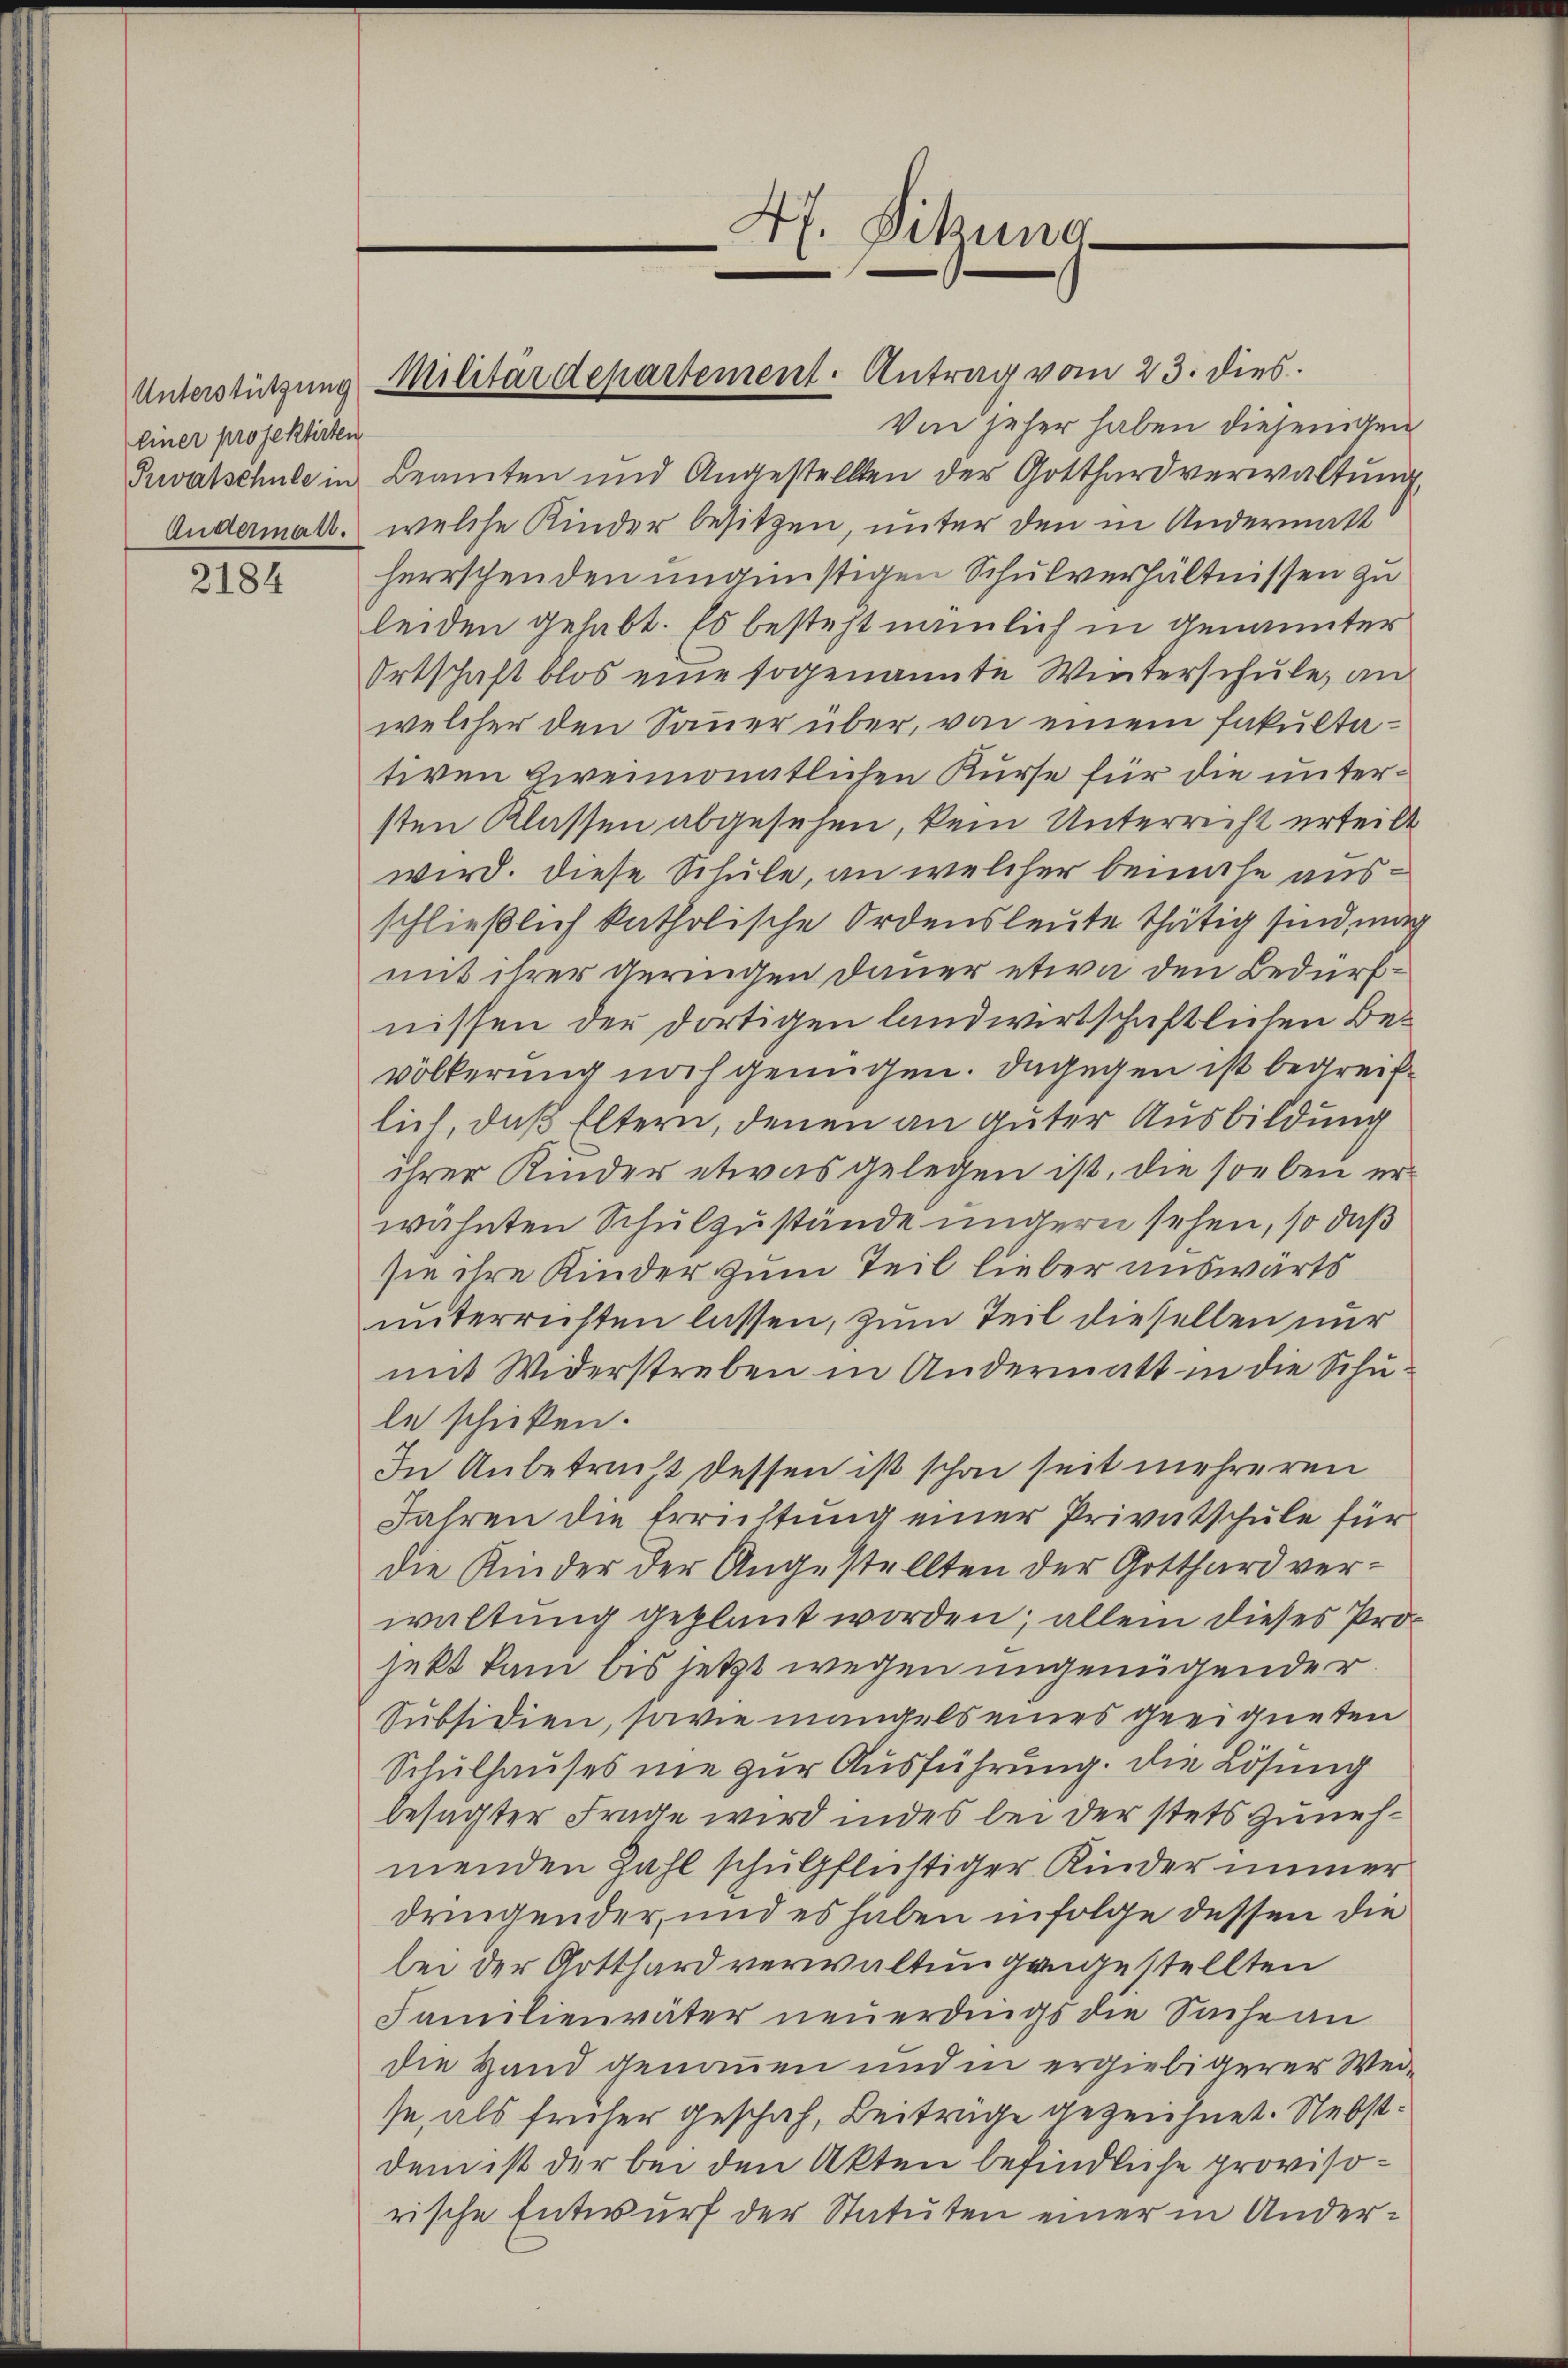
Unterstützung
Einer projektirten

2184

Von jeher haben diejenigen
Tuvatschule in Beamten und Angestellten der Gotthard verwaltŭng
Andermalt, welche Kinder besitzen, unter den in Andermatt
herrschenden ungünstigen Schulverhältnissen zu
leiden gehabt. Es besteht nämlich in Genannter
Ortschaft blos eine sogenannte Winterschule, an
welcher den Sauer über, von einem Fakultativen zweimonatlichen Kurse für die untersten Klassen abgesehen, kein Unterrecht erteilt
wird. Diese Schule, an welcher beinahe ausschließlich katholische Ordensleute thätig sind, mach
mit ihrer geringen Dauer etwa den Bedürfnissen der dortigen landwirtschaftlichen Bevölkerung noch genügen. Dagegen ist begreiflich, daß Eltern, denen an guter Ausbildung
ihrer Kinder etwas gelegen ist, die soeben erwähnten Schulzustände undern sehen, so daß
sie ihre Kinder zum Teil lieber auswärts
unterrichten lassen, zum Teil dieselben nur
mit Widerstreben in Andermatt in die Schule schicken.
In Anbetracht dessen ist schon seit mehreren
Jahren die Errichtung einer Privatschule für
die Kinder der Angestellten der Gotthard verwaltung geplant worden; allein dieses Projekt kam bis letzt wegen ungenügender
Subsidien, sowie mangels eines geeigneten
Schulhauses nie zur Ausführung. Die Lösung
besagter Frage wird indes bei der stets zunehmenden Zahl schulpflichtiger Kinder immer
dringender, und es haben infolge dessen die
bei der Gotthard verwaltung angestellten
Familienväter neuerdings die Sache an
die Hand genommen und in ergiebigerer Weise, als früher geschah, Beiträge gezeichnet. Nebstdem ist der bei den Akten befindliche provisorische Entwurf der Statuten einer in Ander¬

Militärdepartement. Antrag vom 23. dies

47. Dikuna